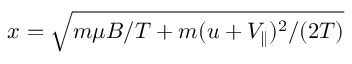
x = \sqrt { m \mu B / T + m ( u + V _ { \parallel } ) ^ { 2 } / ( 2 T ) }